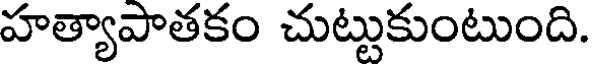
హత్యాపాతకం చుట్టుకుంటుంది.